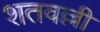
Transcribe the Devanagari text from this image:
शतवल्ली